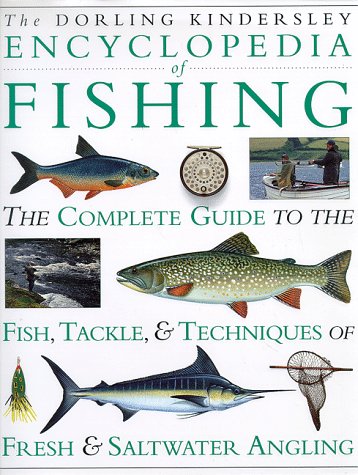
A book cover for Encyclopedia of Fishing: The Complete Guide to the Fish, Tackle & Techniques of Fresh & Saltwater Angling; Reference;